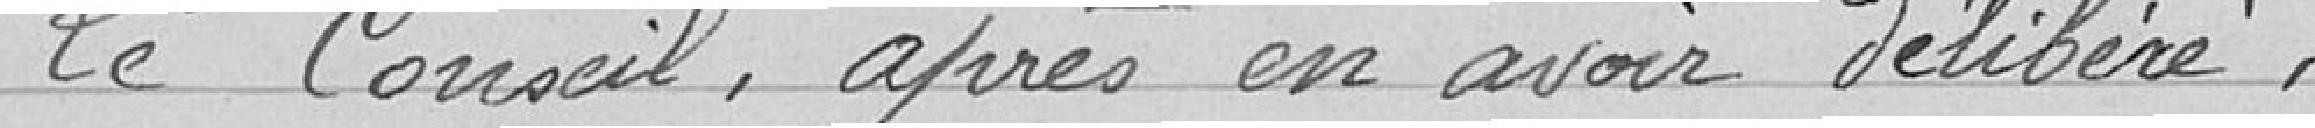
Le Conseil après en avoir délibéré :